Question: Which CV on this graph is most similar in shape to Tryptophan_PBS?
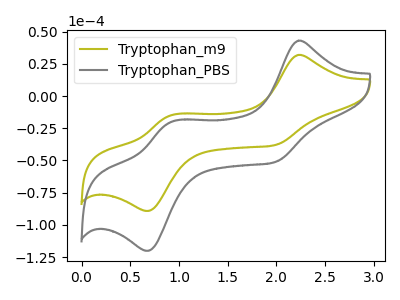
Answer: <think>The olive curve "Tryptophan_m9" has anodic peaks at (2.20V, 31.90uA) (0.90V, -15.25uA) and cathodic peaks at (2.00V, -38.10uA) (0.70V, -89.20uA). The gray curve "Tryptophan_PBS" has anodic peaks at (2.20V, 42.95uA) (0.90V, -20.55uA) and cathodic peaks at (2.00V, -51.30uA) (0.70V, -120.10uA).
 All the peaks in "Tryptophan_m9" have a peak in "Tryptophan_PBS" at the same potential.</think>
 <answer>The CV with the most similar shape to "Tryptophan_m9" is "Tryptophan_PBS".</answer>
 <eval>"Tryptophan_PBS"</eval>